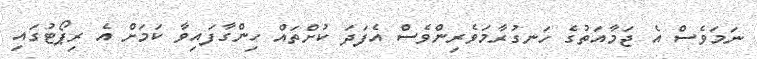
ނަމަވެސް އެ ޖަމާއަތުގެ ހަނގުރާމަވެރިންވެސް އެފަދަ ކުށްތައް ހިންގާފައިވާ ކަމަށް އެ ރިޕޯޓުގައި